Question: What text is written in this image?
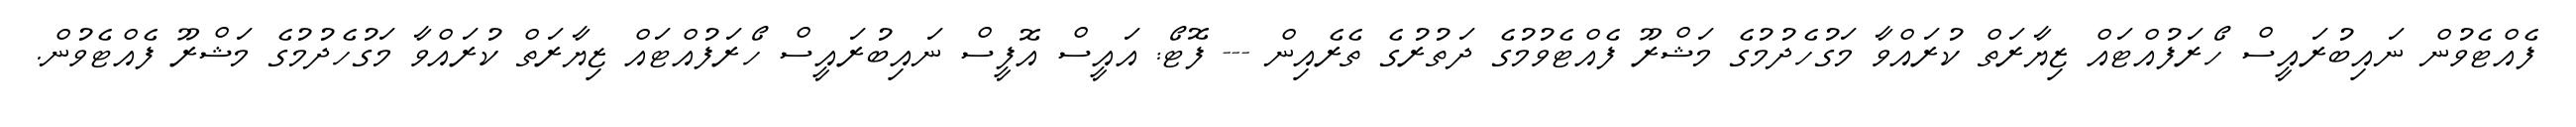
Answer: ފެއްޓެވުން ނައިބުރައީސް ހޯރަފުއްޓައް ޒިޔާރަތް ކުރައްވާ މަގުހެދުމުގެ މަޝްރޫ ފެއްޓެވުމުގެ ދަތުރުގެ ތެރެއިން --- ފޮޓޯ: އައީސް އޮފީސް ނައިބުރައީސް ހޯރަފުއްޓައް ޒިޔާރަތް ކުރައްވާ މަގުހެދުމުގެ މަޝްރޫ ފެއްޓެވުން.